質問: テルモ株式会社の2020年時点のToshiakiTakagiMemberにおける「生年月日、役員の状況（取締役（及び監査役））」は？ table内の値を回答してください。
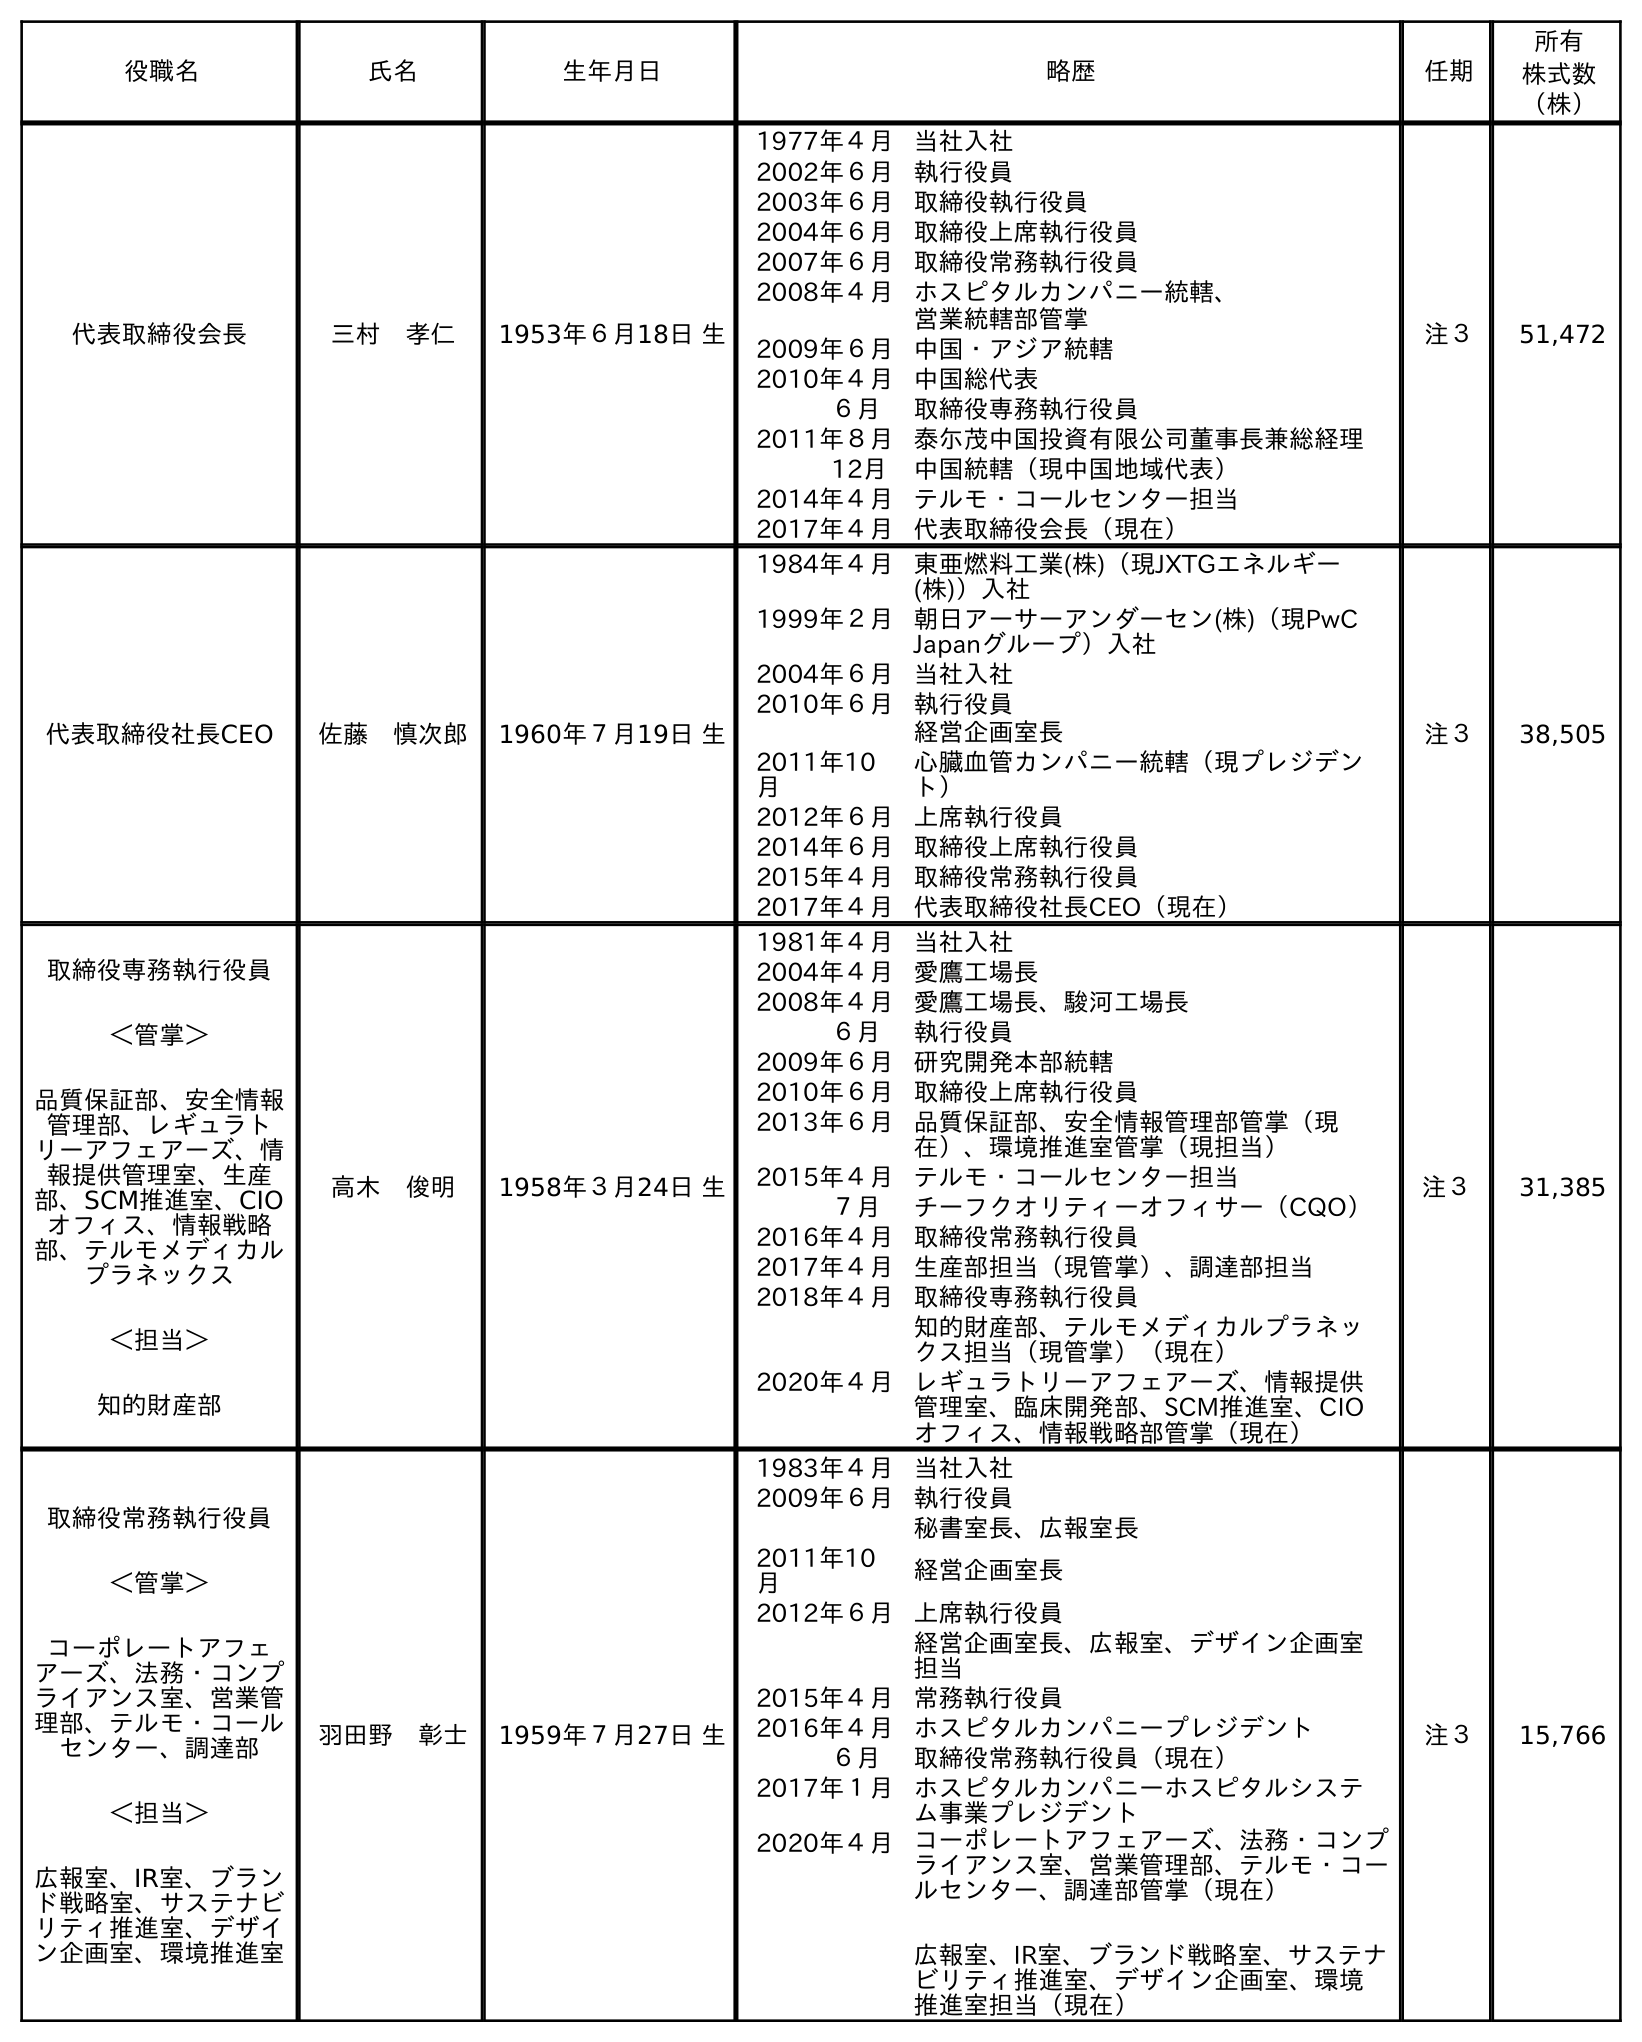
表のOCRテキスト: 役職名 氏名 生年月日 略歴 任期 所有 株式数 （株） 代表取締役会長 三村 孝仁 1953年６月18日 生 1977年４月当社入社 2002年６月執行役員 2003年６月取締役執行役員 2004年６月取締役上席執行役員 2007年６月取締役常務執行役員 2008年４月ホスピタルカンパニー統轄、 営業統轄部管掌 2009年６月中国・アジア統轄 2010年４月中国総代表 ６月 取締役専務執行役員 2011年８月泰尓茂中国投資有限公司董事長兼総経理 12月 中国統轄（現中国地域代表） 2014年４月テルモ・コールセンター担当 2017年４月代表取締役会長（現在） 注３ 51,472 代表取締役社長CEO 佐藤 慎次郎 1960年７月19日 生 1984年４月東亜燃料工業(株)（現JXTGエネルギー (株)）入社 1999年２月朝日アーサーアンダーセン(株)（現PwC Japanグループ）入社 2004年６月当社入社 2010年６月執行役員 経営企画室長 2011年10 月 心臓血管カンパニー統轄（現プレジデン ト） 2012年６月上席執行役員 2014年６月取締役上席執行役員 2015年４月取締役常務執行役員 2017年４月代表取締役社長CEO（現在） 注３ 38,505 取締役専務執行役員 ＜管掌＞ 品質保証部、安全情報 管理部、レギュラト リーアフェアーズ、情 報提供管理室、生産 部、SCM推進室、CIO オフィス、情報戦略 部、テルモメディカル プラネックス ＜担当＞ 知的財産部 高木 俊明 1958年３月24日 生 1981年４月当社入社 2004年４月愛鷹工場長 2008年４月愛鷹工場長、駿河工場長 ６月 執行役員 2009年６月研究開発本部統轄 2010年６月取締役上席執行役員 2013年６月品質保証部、安全情報管理部管掌（現 在）、環境推進室管掌（現担当） 2015年４月テルモ・コールセンター担当 ７月 チーフクオリティーオフィサー（CQO） 2016年４月取締役常務執行役員 2017年４月生産部担当（現管掌）、調達部担当 2018年４月取締役専務執行役員 知的財産部、テルモメディカルプラネッ クス担当（現管掌）（現在） 2020年４月レギュラトリーアフェアーズ、情報提供 管理室、臨床開発部、SCM推進室、CIO オフィス、情報戦略部管掌（現在） 注３ 31,385 取締役常務執行役員 ＜管掌＞ コーポレートアフェ アーズ、法務・コンプ ライアンス室、営業管 理部、テルモ・コール センター、調達部 ＜担当＞ 広報室、IR室、ブラン ド戦略室、サステナビ リティ推進室、デザイ ン企画室、環境推進室 羽田野 彰士 1959年７月27日 生 1983年４月当社入社 2009年６月執行役員 秘書室長、広報室長 2011年10 月 経営企画室長 2012年６月上席執行役員 経営企画室長、広報室、デザイン企画室 担当 2015年４月常務執行役員 2016年４月ホスピタルカンパニープレジデント ６月 取締役常務執行役員（現在） 2017年１月ホスピタルカンパニーホスピタルシステ ム事業プレジデント 2020年４月コーポレートアフェアーズ、法務・コンプ ライアンス室、営業管理部、テルモ・コー ルセンター、調達部管掌（現在） 広報室、IR室、ブランド戦略室、サステナ ビリティ推進室、デザイン企画室、環境 推進室担当（現在） 注３ 15,766
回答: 1958年３月24日生